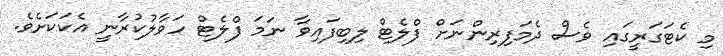
މި ކެޓަގަރީގައި ވެސް ދެމަފިރިންނަށް ފްލެޓް ލިބިފައިވާ ނަމަ ފްލެޓް ހަވާލުކުރާނީ އެކަކަށެވެ.